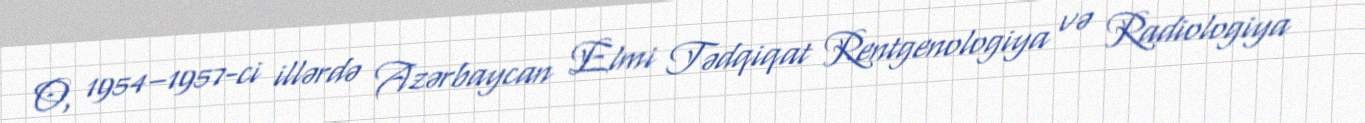
O, 1954–1957-ci illərdə Azərbaycan Elmi Tədqiqat Rentgenologiya və Radiologiya